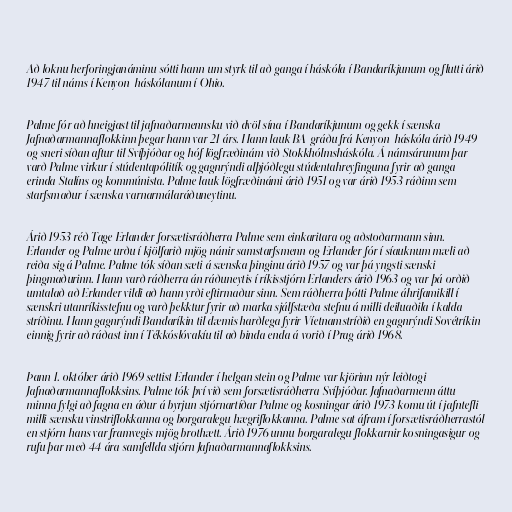
Að loknu herforingjanáminu sótti hann um styrk til að ganga í háskóla í Bandaríkjunum og flutti árið
1947 til náms í Kenyon-háskólanum í Ohio.

Palme fór að hneigjast til jafnaðarmennsku við dvöl sína í Bandaríkjunum og gekk í sænska
Jafnaðarmannaflokkinn þegar hann var 21 árs. Hann lauk BA-gráðu frá Kenyon-háskóla árið 1949
og sneri síðan aftur til Svíþjóðar og hóf lögfræðinám við Stokkhólmsháskóla. Á námsárunum þar
varð Palme virkur í stúdentapólitík og gagnrýndi alþjóðlegu stúdentahreyfinguna fyrir að ganga
erinda Stalíns og kommúnista. Palme lauk lögfræðinámi árið 1951 og var árið 1953 ráðinn sem
starfsmaður í sænska varnarmálaráðuneytinu.

Árið 1953 réð Tage Erlander forsætisráðherra Palme sem einkaritara og aðstoðarmann sinn.
Erlander og Palme urðu í kjölfarið mjög nánir samstarfsmenn og Erlander fór í síauknum mæli að
reiða sig á Palme. Palme tók síðan sæti á sænska þinginu árið 1957 og var þá yngsti sænski
þingmaðurinn. Hann varð ráðherra án ráðuneytis í ríkisstjórn Erlanders árið 1963 og var þá orðið
umtalað að Erlander vildi að hann yrði eftirmaður sinn. Sem ráðherra þótti Palme áhrifamikill í
sænskri utanríkisstefnu og varð þekktur fyrir að marka sjálfstæða stefnu á milli deiluaðila í kalda
stríðinu. Hann gagnrýndi Bandaríkin til dæmis harðlega fyrir Víetnamstríðið en gagnrýndi Sovétríkin
einnig fyrir að ráðast inn í Tékkóslóvakíu til að binda enda á vorið í Prag árið 1968.

Þann 1. október árið 1969 settist Erlander í helgan stein og Palme var kjörinn nýr leiðtogi
Jafnaðarmannaflokksins. Palme tók því við sem forsætisráðherra Svíþjóðar. Jafnaðarmenn áttu
minna fylgi að fagna en áður á byrjun stjórnartíðar Palme og kosningar árið 1973 komu út í jafntefli
milli sænsku vinstriflokkanna og borgaralegu hægriflokkanna. Palme sat áfram í forsætisráðherrastól
en stjórn hans var framvegis mjög brothætt. Árið 1976 unnu borgaralegu flokkarnir kosningasigur og
rufu þar með 44 ára samfellda stjórn Jafnaðarmannaflokksins.